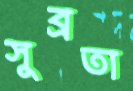
সুব্রতা